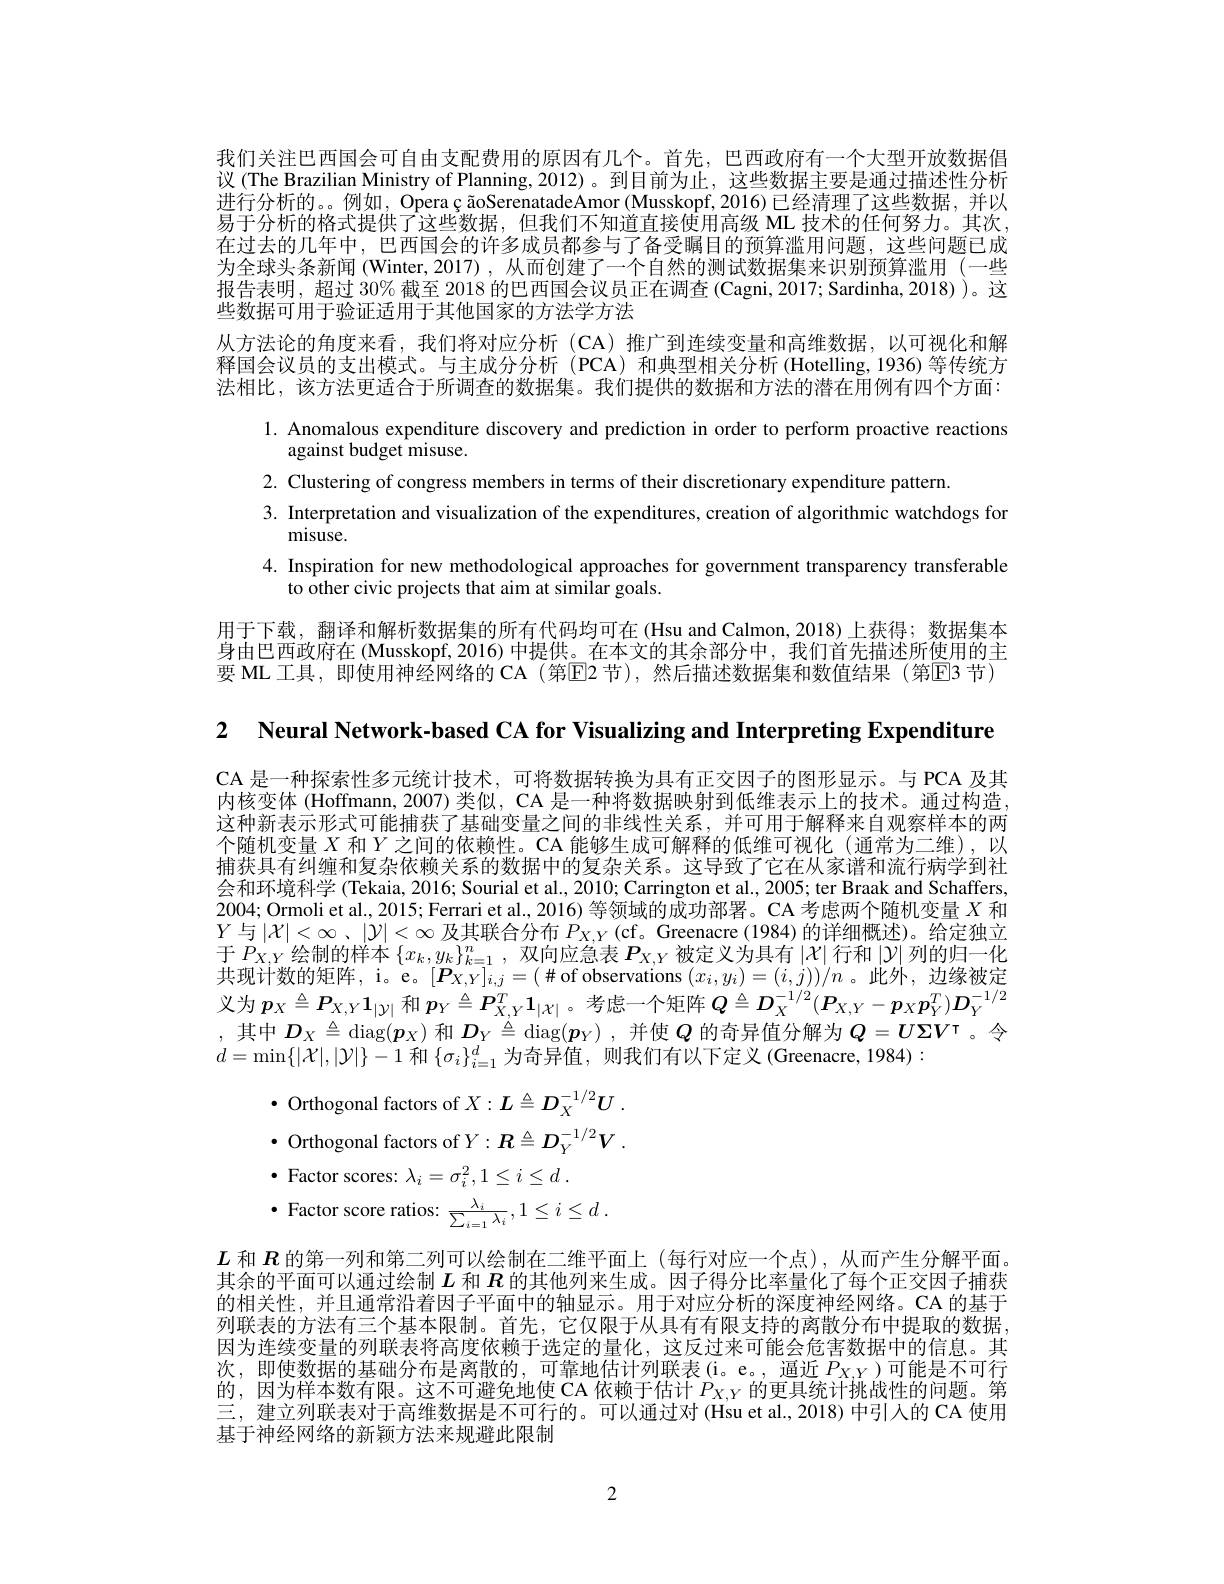
我们关注巴西国会可自由支配费用的原因有几个。首先，巴西政府有一个大型开放数据倡议 (The Brazilian Ministry of Planning, 2012)。到目前为止，这些数据主要是通过描述性分析进行分析的。。例如，Opera ç ãoSerenatadeAmor (Musskopf,2016)已经清理了这些数据，并以易于分析的格式提供了这些数据，但我们不知道直接使用高级 ML 技术的任何努力。其次在过去的几年中，巴西国会的许多成员都参与了备受瞩目的预算滥用问题，这些问题已成为全球头条新闻 (Winter,2017) ,从而创建了一个自然的测试数据集来识别预算滥用 (一些报告表明，超过 30% 截至 2018 的巴西国会议员正在调查 (Cagni, 2017; Sardinha, 2018) )。这些数据可用于验证适用于其他国家的方法学方法
从方法论的角度来看，我们将对应分析 (CA)推广到连续变量和高维数据，以可视化和解释国会议员的支出模式。与主成分分析 (PCA)和典型相关分析 (Hotelling,1936)等传统方法相比，该方法更适合于所调查的数据集。我们提供的数据和方法的潜在用例有四个方面：
l. Anomalous expenditure discovery and prediction in order to perform proactive reactions
against budget misuse.
2. Clustering of congress members in terms of their discretionary expenditure pattern.
3. Interpretation and visualization of the expenditures, creation of algorithmic watchdogs for
misuse.
4. Inspiration for new methodological approaches for government transparency transferable
to other civic projects that aim at similar goals.
用于下载，翻译和解析数据集的所有代码均可在(Hsu and Calmon,2018)上获得；数据集本身由巴西政府在 (Musskopf, 2016) 中提供。在本文的其余部分中，我们首先描述所使用的主要 ML 工具，即使用神经网络的 CA (第$\boxed{\mathrm{E}}$2 节),然后描述数据集和数值结果 (第E3 节)

2 Neural Network-based CA for Visualizing and Interpreting Expenditure

CA 是一种探索性多元统计技术，可将数据转换为具有正交因子的图形显示。与 PCA 及其内核变体 (Hoffmann, 2007) 类似，CA 是一种将数据映射到低维表示上的技术。通过构造这种新表示形式可能捕获了基础变量之间的非线性关系，并可用于解释来自观察样本的两个随机变量$X$ 和$Y$ 之间的依赖性。CA 能够生成可解释的低维可视化 (通常为二维),以捕获具有纠缠和复杂依赖关系的数据中的复杂关系。这导致了它在从冢谱和流行病学到社会和环境科学 (Tekaia, 2016; Sourial et al., 2010; Carrington et al., 2005; ter Braak and Schaffers, 2004; Ormoli et al., 2015; Ferrari et al., 2016) 等领域的成功部署。CA 考虑两个随机变量$X$和$Y$与$|\mathcal{X}|<\infty$、$|\mathcal{Y}|<\infty$及其联合分布$P_X,Y($cf。Greenacre (1984)的详细概述)。给定独立于$P_X,Y$绘制的样本$\{x_k,y_k\}_{k=1}^n$,双向应急表$P_X,Y$被定义为具有$|\mathcal{X}|$行和$|\mathcal{Y}|$列的归一化共现计数的矩阵，i。e。$[\boldsymbol{P}_{X,Y}]_{i,j}=(\#$of observations $(x_i,y_i)=(i,j))/n$ 。此外，边缘被定义为$\boldsymbol p_X\triangleq\boldsymbol{P}_{X,Y}\mathbf{1}_{|\mathcal{Y}|}$和$\boldsymbol p_Y\triangleq\boldsymbol{P}_{X,Y}^T\mathbf{1}_{|\mathcal{X}|}$。考虑一个矩阵$Q\triangleq D_X^{-1/2}(\boldsymbol{P}_{X,Y}-\boldsymbol{p}_X\boldsymbol{p}_Y^T)\boldsymbol{D}_Y^{-1/2}$ ,其中$D_X\triangleq\operatorname{diag}(\boldsymbol{p}_X)$和$D_Y\triangleq\operatorname{diag}(\boldsymbol{p}_Y)$ ,并使$Q$的奇异值分解为$Q=U\Sigma V^\intercal$ 。令$d=\min\{|\mathcal{X}|,|\mathcal{Y}|\}-1$和$\{\sigma_i\}_i=1^d$为奇异值，则我们有以下定义 (Greenacre, 1984):

$\bullet$ Orthogonal factors of $X:L\triangleq D_X^{-1/2}U$ $\bullet$ Orthogonal factors of $Y: \boldsymbol{R}\triangleq \boldsymbol{D}_Y^{- 1/ 2}\boldsymbol{V}$ . $\bullet$ Factor scores: $\lambda _i= \sigma _i^2, 1\leq i\leq d$ .
$\cdot$ Factor score ratios: $\frac {\lambda _{i}}{\sum _{i= 1}\lambda _{i}}, 1\leq i\leq d$ .
$L$和$R$的第一列和第二列可以绘制在二维平面上 (每行对应一个点),从而产生分解平面。其余的平面可以通过绘制$L$和$R$的其他列来生成。因子得分比率量化了每个正交因子捕获的相关性，并且通常沿着因子平面中的轴显示。用于对应分析的深度神经网络。CA 的基于列联表的方法有三个基本限制。首先，它仅限于从具有有限支持的离散分布中提取的数据， 因为连续变量的列联表将高度依赖于选定的量化，这反过来可能会危害数据中的信息。其次，即使数据的基础分布是离散的，可靠地估计列联表(i。e。,逼近$P_XY)$可能是不可行的，因为样本数有限。这不可避免地使 CA 依赖于估计$P_{X,Y}$的更具统计挑战性的问题。第三，建立列联表对于高维数据是不可行的。可以通过对 (Hsu et al.,2018) 中引人的 CA 使用基于神经网络的新颖方法来规避此限制

2